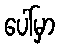
ပေါ်မှာ